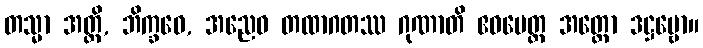
တသ္မာ အတ္ထိ, ဘိက္ခဝေ, အညေဝ တထာဂတဿ ဂုဏာတိ ဧဝမေတ္ထ အတ္ထော ဒဋ္ဌဗ္ဗော။